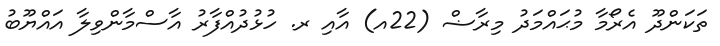
ތަކަންދޫ އެރޯމާ މުޙައްމަދު މިރާޟް (22އ) އާއި ރ. ހުޅުދުއްފާރު އާސްމާންވިލާ އައްޔޫބު